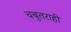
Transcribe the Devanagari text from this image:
चबुतराही